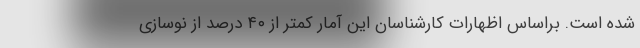
شده است. براساس اظهارات کارشناسان این آمار کمتر از ۴۰ درصد از نوسازی